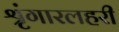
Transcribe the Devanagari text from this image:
श्रृंगारलहरी